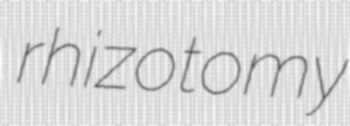
rhizotomy